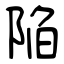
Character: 陥